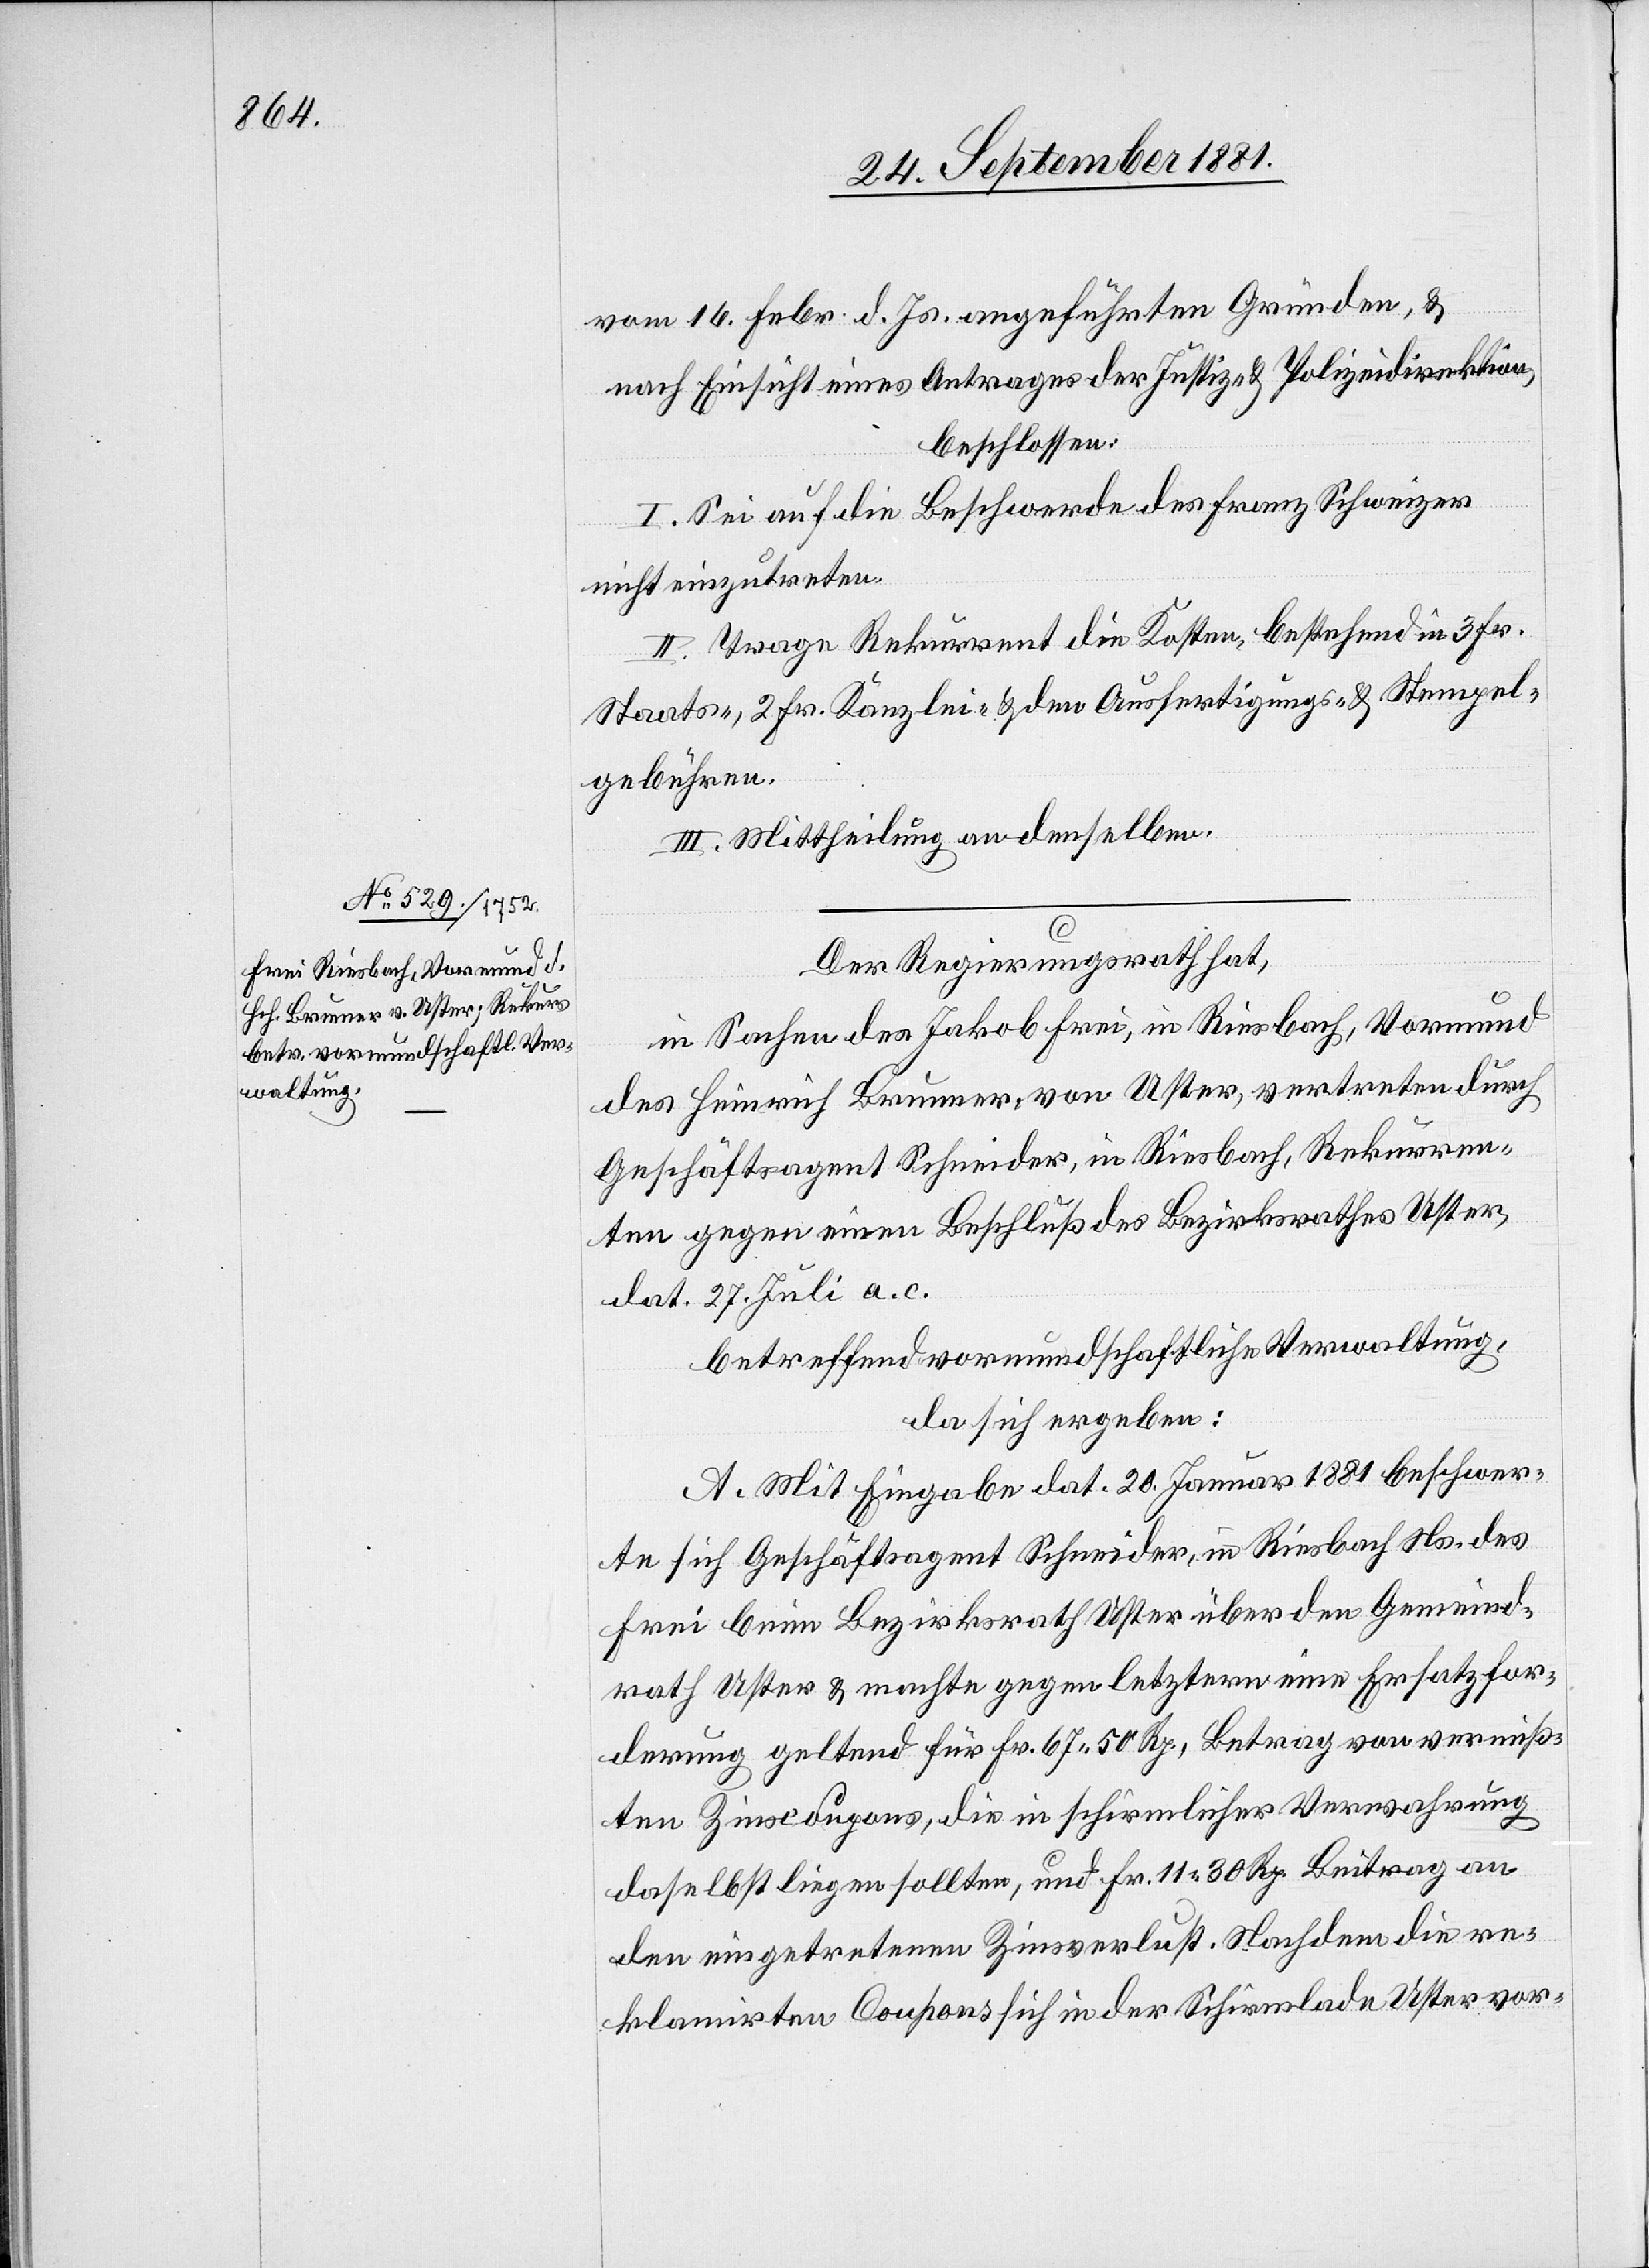
vom 16. Febr. d. Js. angeführten Gründen, &
nach Einsicht eines Antrages der Justiz- & Polizeidirektion,
beschlossen:
I. Sei auf die Beschwerde Franz Schweizer
nicht einzutreten.
II. Trage Rekurrent die Kosten, bestehend in 3. Fr.
Staats-, 2. Fr. Kanzlei- & den Ausfertigungs- & Stempel¬
gebühren.
III. Mittheilung an denselben.
Der Regierungsrath hat,
in Sachen des Jakob Frei, in Riesbach, Vormund
des Heinrich Brunner, von Uster, vertreten durch
Geschäftsagent Schneider, in Riesbach, Rekurren¬
ten gegen einen Beschluß des Bezirksrathes Uster
dat. 27. Juli a. c.
betreffend vormundschaftliche Verwaltung,
da sich ergeben:
A. Mit Eingabe dat. 20. Januar 1881 beschwer¬
te sich Geschäftsagent Schneider, in Riesbach Ns. des
Frei beim Bezirksrath Uster über den Gemeind¬
rath Uster & machte gegen letztern eine Ersatzfor¬
derung geltend für Fr. 67 50 Rp., Betrag von vermiß¬
ten Zinsecoupons, die in schirmlicher Verwahrung
daselbst liegen sollten, und Fr. 11 30 Rp. Beitrag an
den eingetretenen Zinsverlust. Nachdem die re¬
klamirten Coupons sich in der Schirmlade Uster vor-